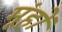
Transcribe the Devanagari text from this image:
मूंहों